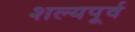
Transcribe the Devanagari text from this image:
शल्यपूर्व